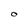
Character: O